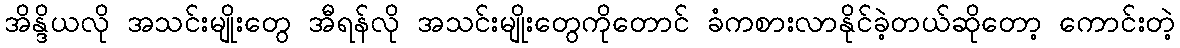
အိန္ဒိယလို အသင်းမျိုးတွေ အီရန်လို အသင်းမျိုးတွေကိုတောင် ခံကစားလာနိုင်ခဲ့တယ်ဆိုတော့ ကောင်းတဲ့